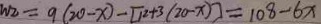
w _ { 2 } = 9 ( 2 0 - x ) - [ 1 2 + 3 ( 2 0 - x ) ] = 1 0 8 - 6 x